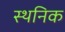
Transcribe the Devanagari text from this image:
स्थनिक